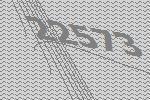
22573